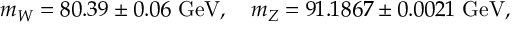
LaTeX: m _ { W } = 8 0 . 3 9 \pm 0 . 0 6 ~ \mathrm { G e V } , ~ ~ ~ m _ { Z } = 9 1 . 1 8 6 7 \pm 0 . 0 0 2 1 ~ \mathrm { G e V } ,